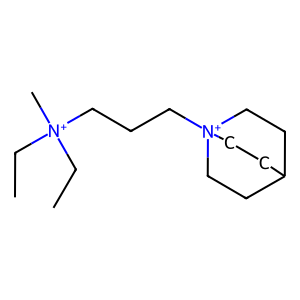
SMILES: CC[N+](C)(CC)CCC[N+]12CCC(CC1)CC2
Inhibits HIV replication: No